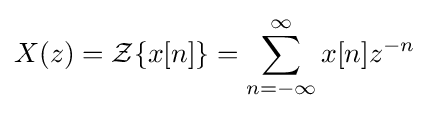
X(z)={\mathcal {Z}}\{x[n]\}=\sum _{n=-\infty }^{\infty }x[n]z^{-n}